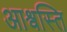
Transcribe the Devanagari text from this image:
आश्वस्ति